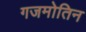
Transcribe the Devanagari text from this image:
गजमोतिन